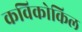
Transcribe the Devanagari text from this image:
कविकोकिल